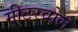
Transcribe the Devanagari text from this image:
मीटरवोल